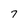
Character: 7